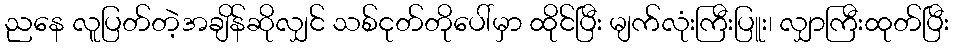
ညနေ လူပြတ်တဲ့အချိန်ဆိုလျှင် သစ်ငုတ်တိုပေါ်မှာ ထိုင်ပြီး မျက်လုံးကြီးပြူး၊ လျှာကြီးထုတ်ပြီး